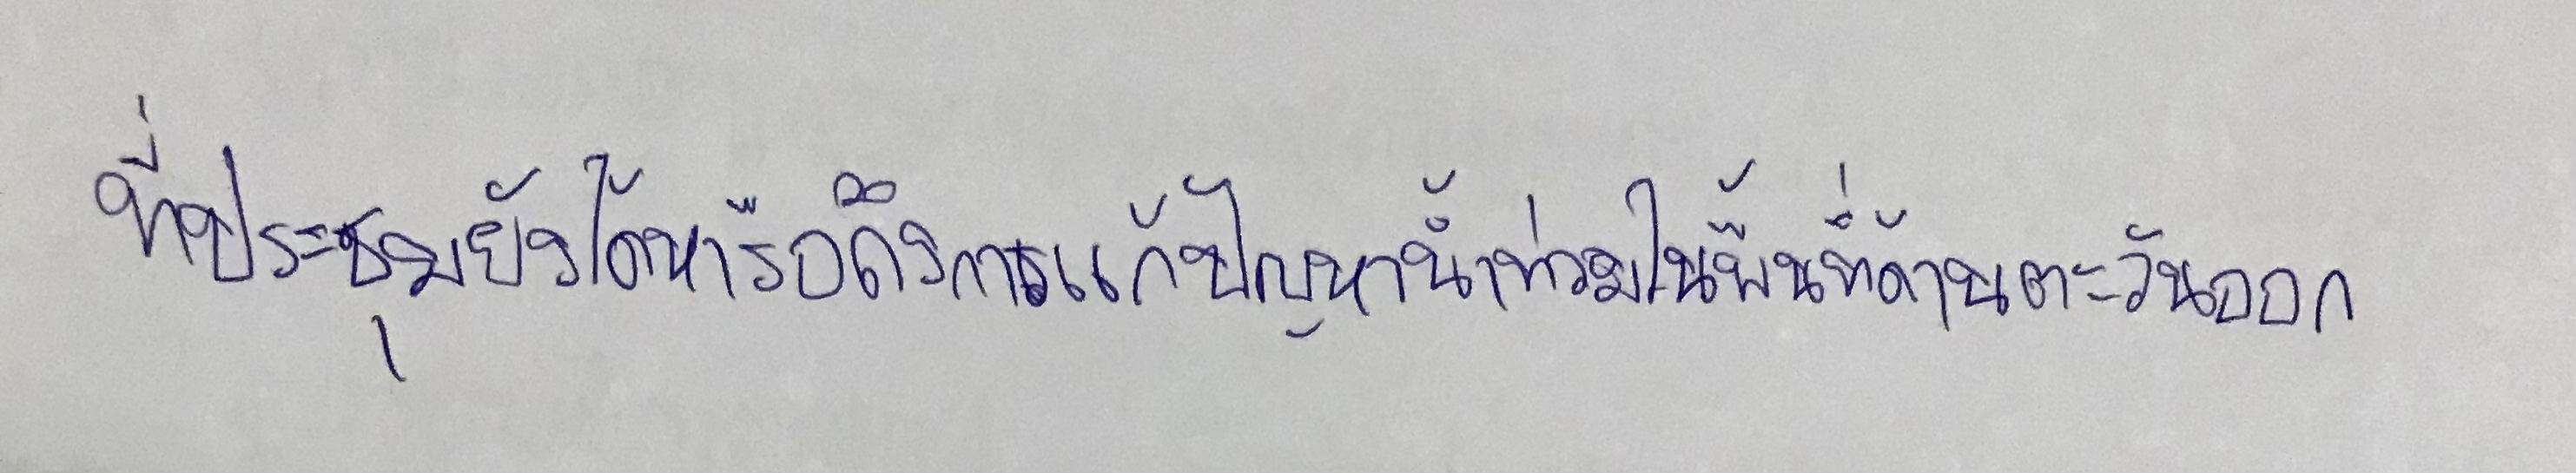
ที่ประชุมยังได้หารือถึงการแก้ปัญหาน้ำท่วมในพื้นที่ด้านตะวันออก